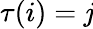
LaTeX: \tau(i)=\mathit{j}